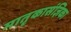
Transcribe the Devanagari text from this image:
मातृकासंज्ञिका